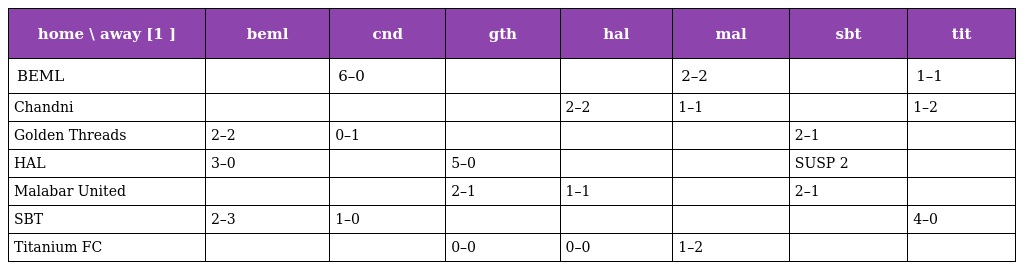
| home \ away [1 ] | beml | cnd | gth | hal | mal | sbt | tit |
 | --- | --- | --- | --- | --- | --- | --- | --- |
 | BEML |  | 6–0 |  |  | 2–2 |  | 1–1 |
 | Chandni |  |  |  | 2–2 | 1–1 |  | 1–2 |
 | Golden Threads | 2–2 | 0–1 |  |  |  | 2–1 |  |
 | HAL | 3–0 |  | 5–0 |  |  | SUSP 2 |  |
 | Malabar United |  |  | 2–1 | 1–1 |  | 2–1 |  |
 | SBT | 2–3 | 1–0 |  |  |  |  | 4–0 |
 | Titanium FC |  |  | 0–0 | 0–0 | 1–2 |  |  |